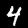
Label: 4